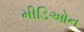
મીડિઓન